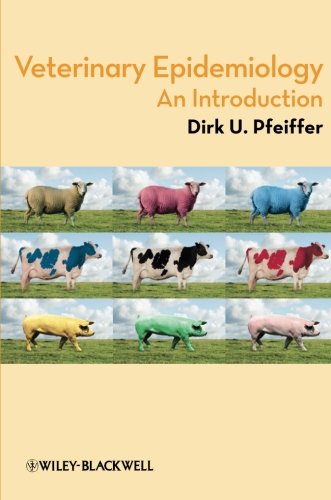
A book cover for Veterinary Epidemiology: An Introduction; Dirk Pfeiffer; Medical Books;